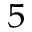
^ 5